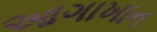
આગાખાન